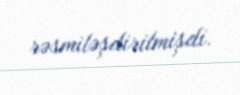
rəsmiləşdirilmişdi.